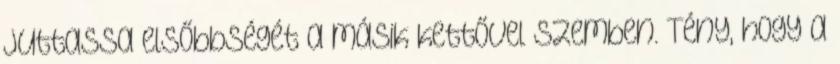
juttassa elsőbbségét a másik kettővel szemben. Tény, hogy a